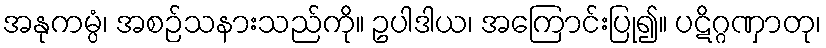
အနုကမ္ပံ၊ အစဉ်သနားသည်ကို။ ဥပါဒါယ၊ အကြောင်းပြု၍။ ပဋိဂ္ဂဏှာတု၊